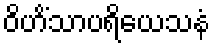
ဝိဟိံသာပရိယေသနံ